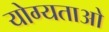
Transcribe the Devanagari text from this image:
योग्यताओ